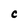
Character: C